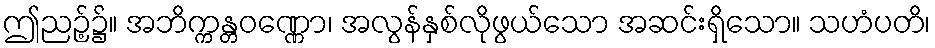
ဤညဉ့်၌။ အဘိက္ကန္တဝဏ္ဏော၊ အလွန်နှစ်လိုဖွယ်သော အဆင်းရှိသော။ သဟံပတိ၊